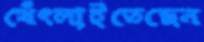
থেঁৎলাইতেছেন